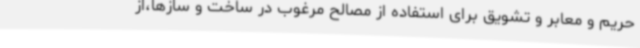
حریم و معابر و تشویق برای استفاده از مصالح مرغوب در ساخت و سازها،از